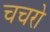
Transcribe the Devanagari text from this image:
चचरो